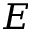
E